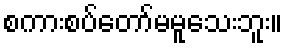
စကားစပ်တော်မမူသေးဘူး။